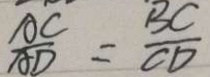
\frac { A C } { A D } = \frac { B C } { C D }